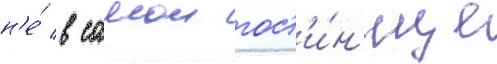
н'е́ в самои гост'и́н'ице